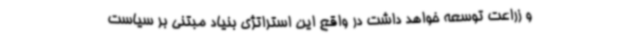
و زراعت توسعه خواهد داشت در واقع این استراتژی بنیاد مبتنی بر سیاست